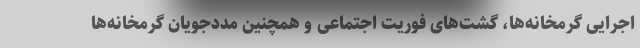
اجرایی گرمخانه‌ها، گشت‌های فوریت اجتماعی و همچنین مددجویان گرمخانه‌ها